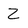
Character: Z